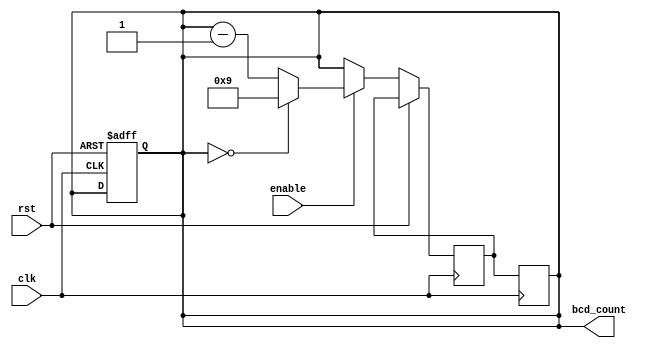
module BCD_Down_Counter (
    input wire clk,
    input wire rst,
    input wire enable,
    output reg [3:0] bcd_count
);

reg [3:0] bcd_count_next;

always @(posedge clk or posedge rst) begin
    if (rst) begin
        bcd_count <= 4'b1001; // Initialize counter to 9 in BCD format
    end else if (enable) begin
        if (bcd_count == 4'b0000) begin
            bcd_count_next <= 4'b1001; // Reset counter to 9 in BCD format
        end else begin
            bcd_count_next <= bcd_count - 1;
        end
    end else begin
        bcd_count_next <= bcd_count;
    end
end

always @(posedge clk) begin
    bcd_count <= bcd_count_next;
end

endmodule